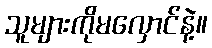
သူများကိုမလှောင်နဲ့။